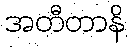
အတီတာနိ